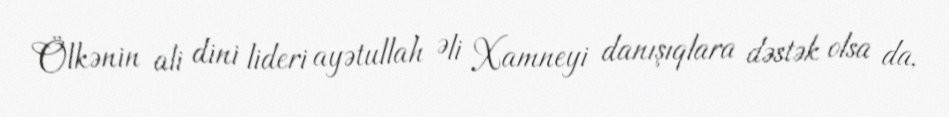
Ölkənin ali dini lideri ayətullah Əli Xamneyi danışıqlara dəstək olsa da,